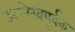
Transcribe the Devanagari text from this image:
उल्लेखपूर्वक